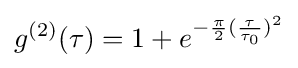
g^{(2)}(\tau )=1+e^{-{\frac {\pi }{2}}({\frac {\tau }{\tau _{0}}})^{2}}